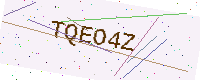
Text: TQEO4Z